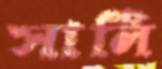
সার্লি